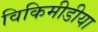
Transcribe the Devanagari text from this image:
विकिमीडीया